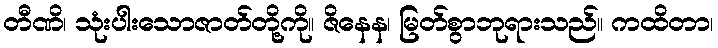
တီဏိ၊ သုံးပါးသောဇာတ်တို့ကို။ ဇိနေန၊ မြတ်စွာဘုရားသည်။ ကထိတာ၊